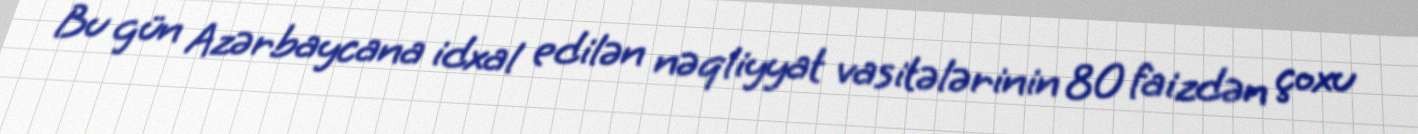
Bu gün Azərbaycana idxal edilən nəqliyyat vasitələrinin 80 faizdən çoxu